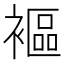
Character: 䙔